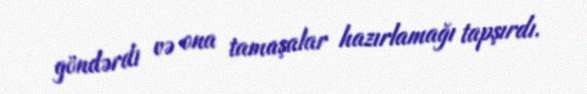
göndərdi və ona tamaşalar hazırlamağı tapşırdı.